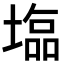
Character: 𡐈